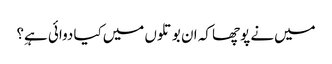
میں‌نے پوچھا کہ ان بوتلوں میں‌کیا دوائی ہےِ؟